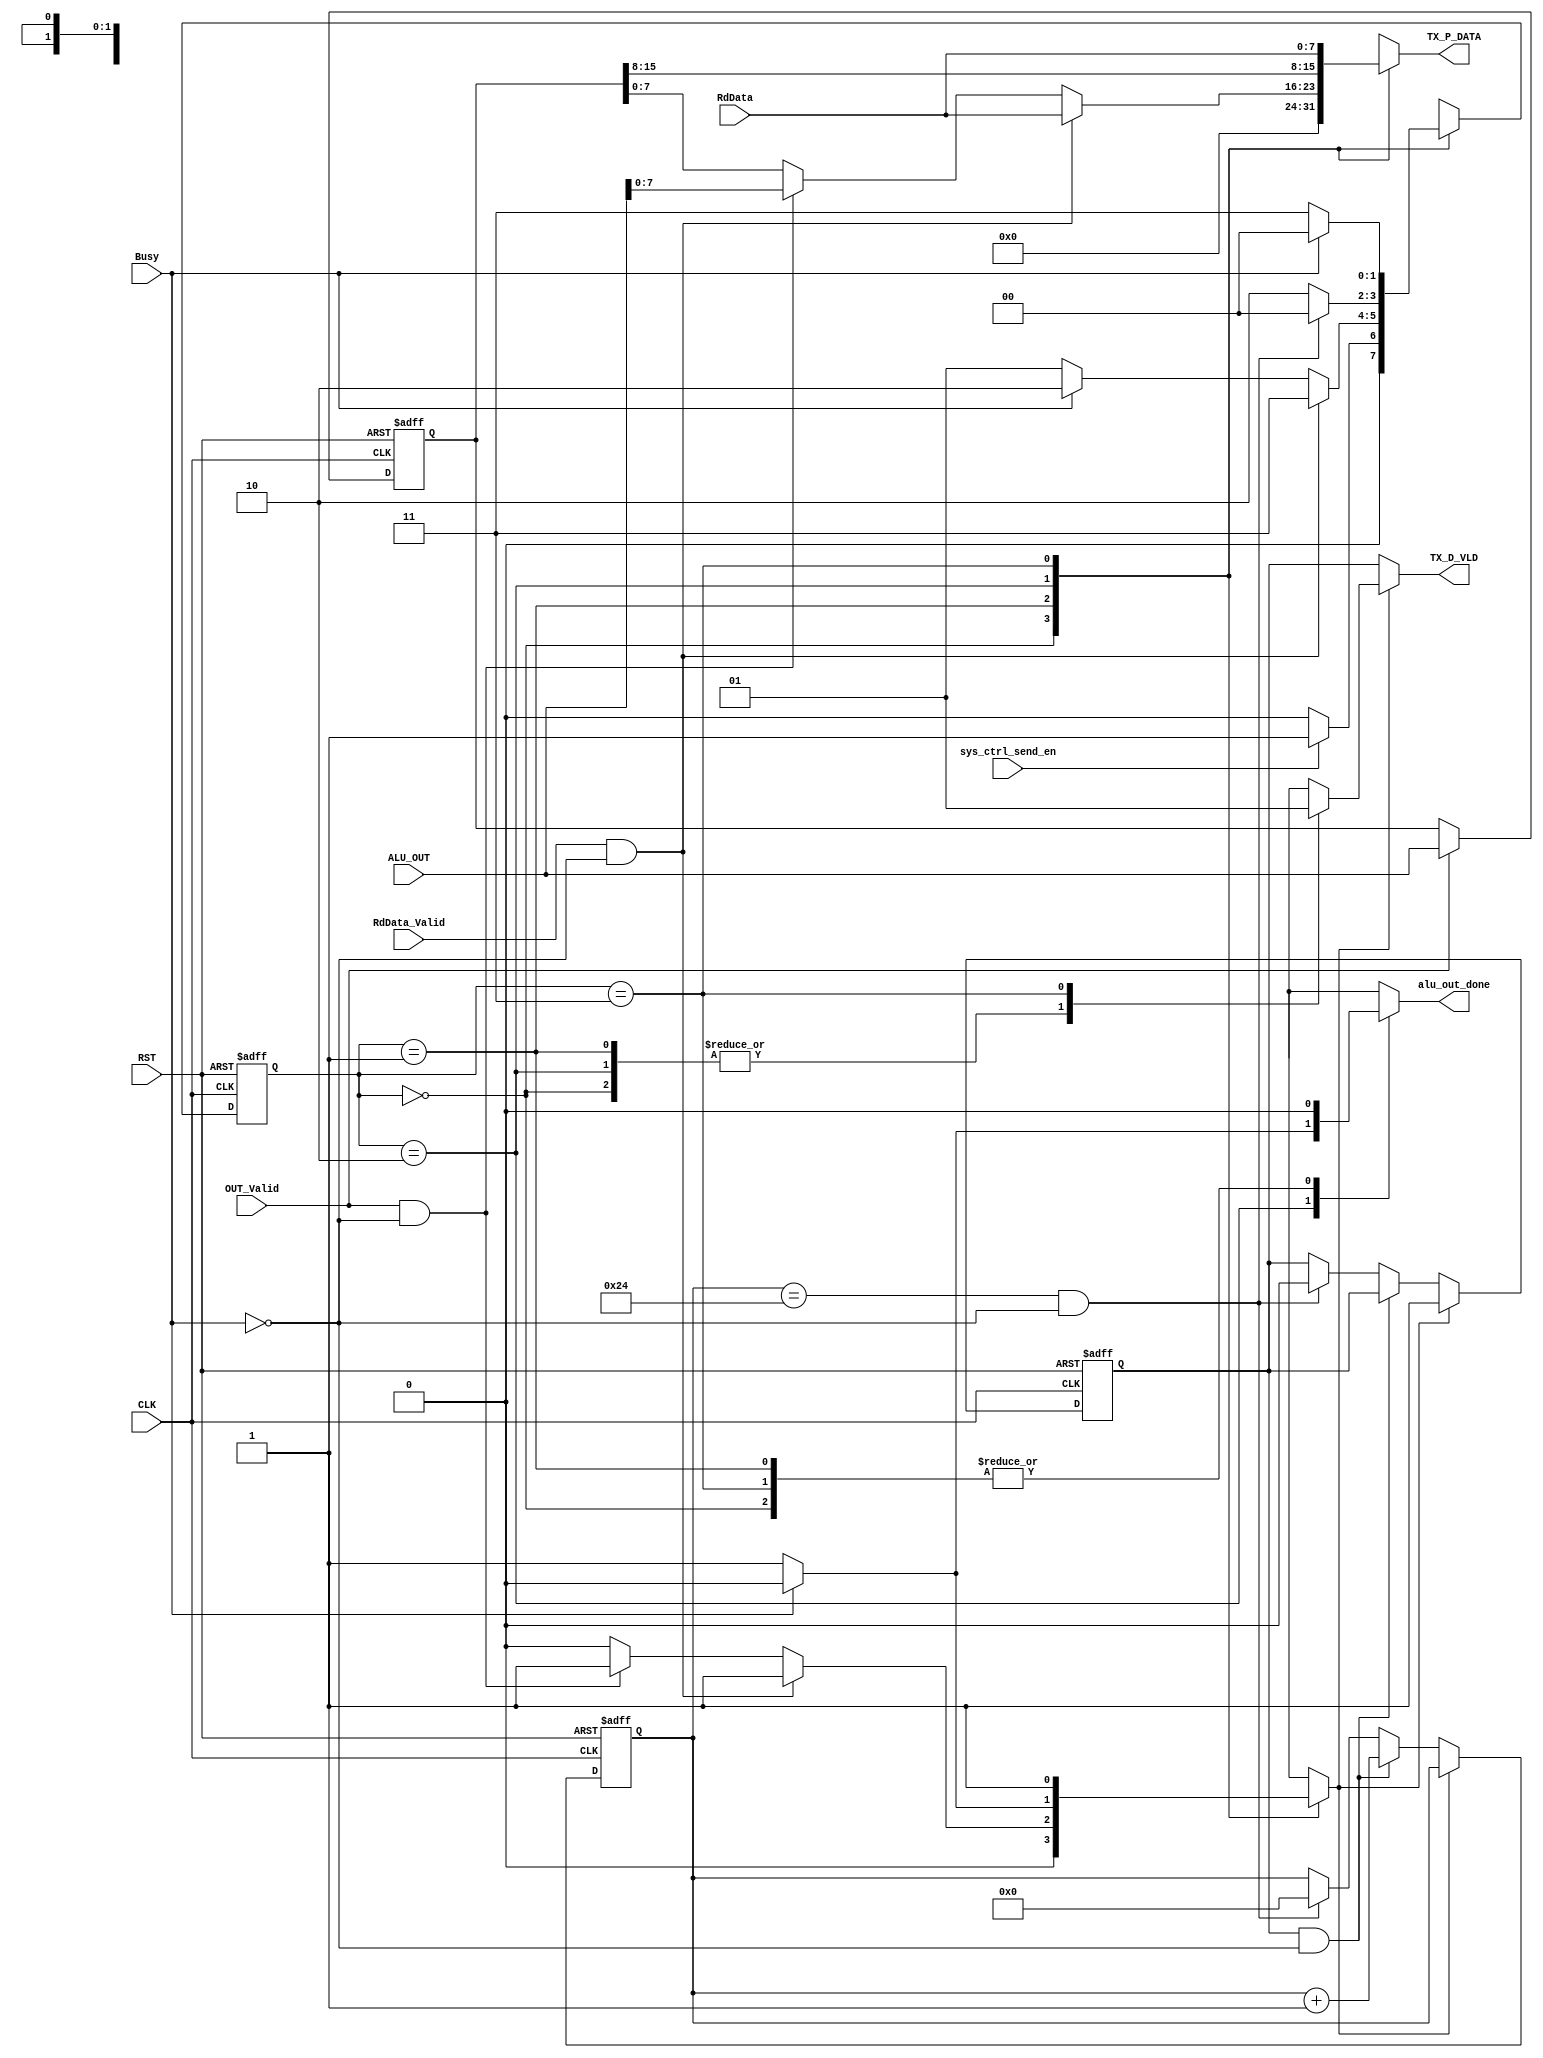
module sys_ctrl_send #(parameter DATA_WIDTH = 8)
(
    input  wire                     CLK,
    input  wire                     RST,
    input  wire [DATA_WIDTH*2-1:0]  ALU_OUT,
    input  wire                     OUT_Valid,
    input  wire [DATA_WIDTH-1:0]    RdData,
    input  wire                     RdData_Valid,
    input  wire                     Busy,
    input  wire                     sys_ctrl_send_en,
    output reg  [DATA_WIDTH-1:0]    TX_P_DATA,
    output wire /*reg*/             TX_D_VLD,
    output reg                      alu_out_done
);

// int sig to read the data from regfile the signal'll come form sys_ctrl_rec

reg [1:0] next_state, current_state;

reg [5:0]  count ;
reg        cnt_en ;
reg        VLD ;
reg [15:0] out_hold ;
reg        hold ;

parameter [1:0] idle    = 2'b00 ;
parameter [1:0] rd_cmd  = 2'b01 ;
parameter [1:0] alu_res = 2'b10 ;
parameter [1:0] send    = 2'b11 ;

always @(posedge CLK or negedge RST)
begin
    if(!RST)
    current_state <= idle ;
    else
    current_state <= next_state ;
end

always @(*)
begin
    case(current_state)
    idle:
    begin
        if(sys_ctrl_send_en)
        next_state = rd_cmd ;
        else
        next_state = idle ;
    end
    rd_cmd:
    begin
        if(RdData_Valid && !Busy)     //if(RdData_Valid && !Busy)
        next_state = send ;           //next_state = send ;
        else if (Busy)                //else if (OUT_Valid && !Busy) //else if (OUT_Valid && !Busy)
        next_state = alu_res ;        //next_state = alu_res ;
        else                          //else                        //else if (Busy)
        next_state = rd_cmd ;         //next_state = rd_cmd ;
    end
    alu_res:
    begin
        if (!Busy && (count == 6'b100100) ) //if (!Busy)
        next_state = idle ;
        else
        next_state = alu_res ;
    end
    send:
    begin
        if(Busy)
        next_state = idle ;
        else
        next_state = send ;
    end
    //default:
    //begin
    //    next_state = idle ;
    //end
    endcase
end
   
always @(*)
begin
    hold = 'b0 ;
    case(current_state)
    idle:
    begin
        TX_P_DATA    = 'b0 ;
        //TX_D_VLD     = 'b0 ;
        VLD     = 'b0 ;
        alu_out_done = 'b0 ;
    end
    rd_cmd:
    begin
        if(RdData_Valid && !Busy)
        begin
        TX_P_DATA    = RdData ;
        //TX_D_VLD     = 'b1 ;
        VLD     = 'b1 ;
        alu_out_done = 'b0 ;
        end
        else if (OUT_Valid && !Busy)
        begin
        TX_P_DATA    = ALU_OUT[7:0] ;
        //TX_D_VLD     = 'b1 ;
        VLD     = 'b1 ;
        alu_out_done = 'b0 ; //alu_out_done = 'b1 ;
        end
        else
        begin
        TX_P_DATA    = out_hold[7:0] ;
        //TX_D_VLD     = 'b0 ;
        VLD     = 'b0 ;
        alu_out_done = 'b0 ;
        end
    end
    alu_res:
    begin
        if (!Busy) //if (!Busy && (count == 6'b100100) )
        begin
        TX_P_DATA    = out_hold[15:8] ;
        //TX_D_VLD     = 'b1 ;
        VLD     = 'b1 ;
        alu_out_done = 'b1 ;
        end
        else
        begin
        TX_P_DATA    = out_hold[15:8] ;
        //TX_D_VLD     = 'b0 ;
        VLD     = 'b0 ;
        alu_out_done = 'b0 ;
        end
    end
    send:
    begin
        TX_P_DATA    = RdData ;
        //TX_D_VLD     = 'b1 ;
        VLD     = 'b1 ;
        hold = 'b1 ;
        alu_out_done = 'b0 ;
    end
    /*
    default:
    begin
        TX_P_DATA    = 'b0 ;
        //TX_D_VLD     = 'b0 ;
        VLD     = 'b0 ;
        alu_out_done = 'b0 ;
    end*/
    endcase
end
/*
always @ (posedge CLK or negedge RST)
begin
    if (!RST)
    begin
    cnt_en <= 'b0 ;
    count <= 'b0 ;
    end
    else if (VLD)
    cnt_en <= 1'b1 ;
end
*/
always @ (posedge CLK or negedge RST)
begin
    if (!RST)
    begin
    cnt_en <= 'b0 ;
    count <= 'b0 ;
    end
    else if (VLD)
    cnt_en <= 1'b1 ;
    else if (cnt_en && !Busy) //if (cnt_en)
    count <= count + 1'b1 ;
    else if( (count == 6'b100100) && !Busy ) //if (count == 6'b100100)
    begin
    count <= 'b0 ;
    cnt_en <= 'b0 ;
    end
end
/*
always @ (posedge CLK or negedge RST)
begin
    if (!RST)
    begin
    count <= 'b0 ;
    cnt_en <= 'b0 ;
    end
    else if( (count == 6'b100100) && !Busy ) //if (count == 6'b100100)
    begin
    count <= 'b0 ;
    cnt_en <= 'b0 ;
    end

end
*/
always @(posedge CLK or negedge RST)
begin
    if (!RST)
    out_hold <= 'b0;
    else if (OUT_Valid)
    out_hold <= ALU_OUT ;
end

assign TX_D_VLD = (VLD) ? hold : cnt_en ; //cnt_en ; (VLD) ? VLD : cnt_en ;

endmodule